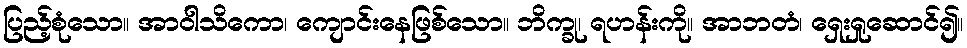
ပြည့်စုံသော။ အာဝါသိကော၊ ကျောင်းနေဖြစ်သော။ ဘိက္ခု၊ ရဟန်းကို။ အာဘတံ၊ ရှေးရှုဆောင်၍။